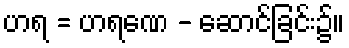
ဟရ = ဟရဏေ - ဆောင်ခြင်း၌။